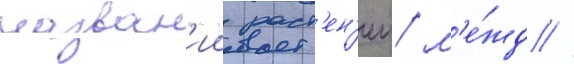
назван'ии раст'ен'ии/ м'е́жд //